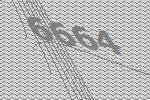
6664